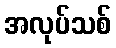
အလုပ်သစ်